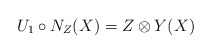
\begin{align*}U_1\circ N_{Z}(X)=Z\otimes Y(X)\end{align*}